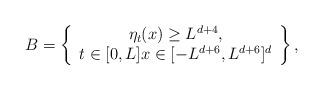
LaTeX: \begin{align*}B = \left\{\begin{array}{c} \eta_{t}(x) \geq L^{d+4}, \\ t \in [0,L] x \in [-L^{d+6}, L^{d+6}]^{d}\end{array} \right\},\end{align*}